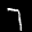
Label: 7